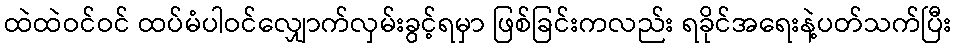
ထဲထဲဝင်ဝင် ထပ်မံပါဝင်လျှောက်လှမ်းခွင့်ရမှာ ဖြစ်ခြင်းကလည်း ရခိုင်အရေးနဲ့ပတ်သက်ပြီး